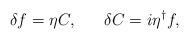
LaTeX: \begin{align*}\delta f = \eta C, ~~~~~\delta C = i \eta^{\dag} f,\end{align*}